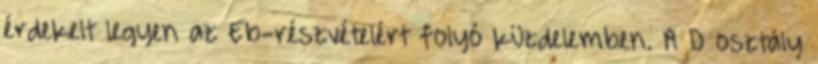
érdekelt legyen az Eb-részvételért folyó küzdelemben. A D osztály